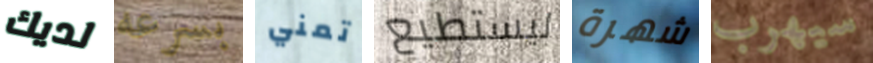
لديك بسرعه تمني ليستطيع شهرة سيهرب